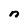
Character: n